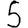
Digit: 5